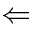
\Leftarrow